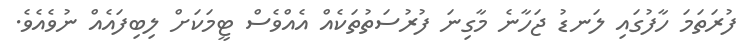
ފުރަތަމަ ހާފުގައި ލަނޑު ޖަހާނެ މާގިނަ ފުރުސަތުތަކެއް އެއްވެސް ޓީމަކަށް ލިބިފައެއް ނުވެއެވެ.